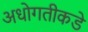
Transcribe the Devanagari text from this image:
अधोगतीकडे